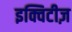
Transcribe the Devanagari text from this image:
इक्विटीज़